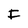
Character: I